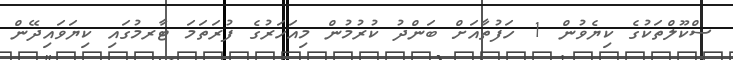
ސްކޫލްތަކުގެ ކިޔެވުން 1 ހަފުތާއަށް ބަންދު ކުރުމުން މިއަހަރުގެ ފުރަތަމަ ޓާރމުގައި ކިޔަވައިދޭން